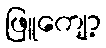
ဖြူကျော့